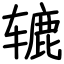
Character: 辘